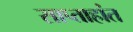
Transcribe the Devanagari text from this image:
साप्ताहांत